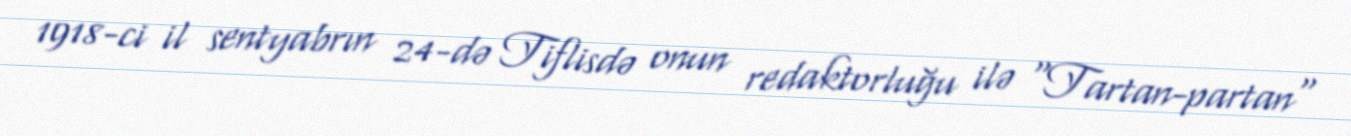
1918-ci il sentyabrın 24-də Tiflisdə onun redaktorluğu ilə "Tartan-partan"